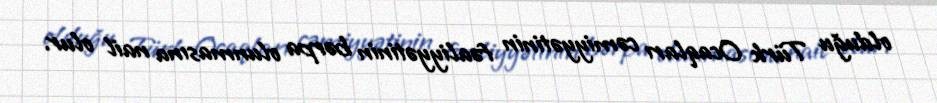
olduğu Türk Ocaqları cəmiyyətinin fəaliyyətinin bərpa olunmasına nail olur.